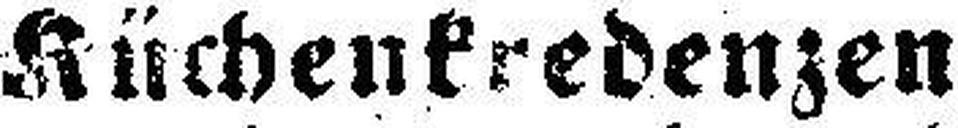
Küchenkredenzen